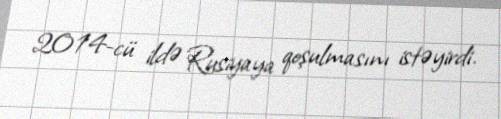
2014-cü ildə Rusiyaya qoşulmasını istəyirdi.